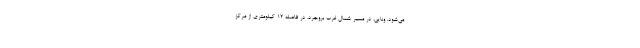
می‌شود. ونایی، در مسیر شمال غرب بروجرد، در فاصله ۱۲ کیلومتری از مرکز